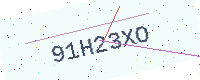
Text: 91H23XO